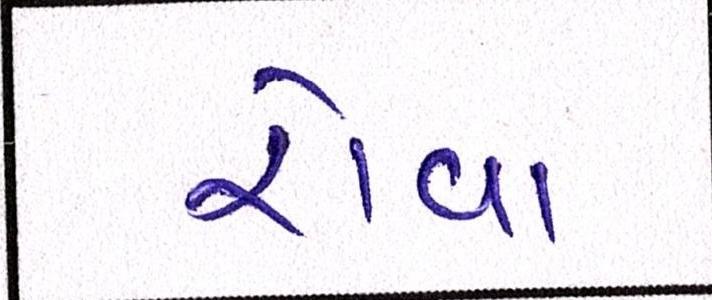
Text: રોવા